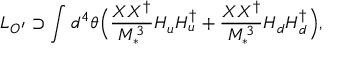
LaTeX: { \cal L } _ { O ^ { \prime } } \supset \int { d ^ { 4 } \theta } \Big ( \frac { X X ^ { \dagger } } { M _ { * } ^ { 3 } } H _ { u } H _ { u } ^ { \dagger } + \frac { X X ^ { \dagger } } { M _ { * } ^ { 3 } } H _ { d } H _ { d } ^ { \dagger } \Big ) ,